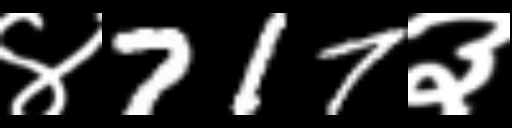
Text: ४717३